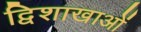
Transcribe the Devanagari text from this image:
द्विशाखाओं